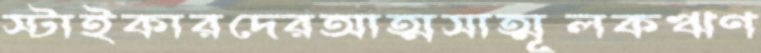
স্টাইকারদেরআত্মসাত্মূলকঋণ